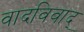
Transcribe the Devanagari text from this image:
वादविवाद्